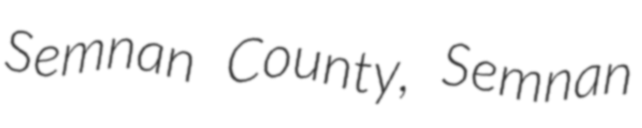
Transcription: Semnan County, Semnan